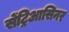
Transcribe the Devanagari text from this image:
सेंट्रिआसिनर